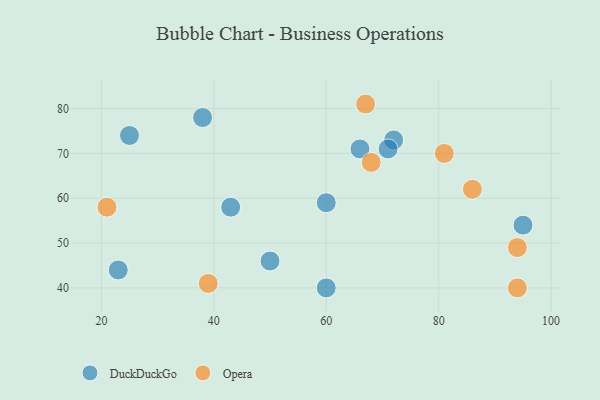
{"axis": {"x": "GDP", "y": "Life Expectancy"}, "legend": ["DuckDuckGo", "Opera"], "data": [{"x": "95", "y": 54, "type": "DuckDuckGo"}, {"x": "38", "y": 78, "type": "DuckDuckGo"}, {"x": "72", "y": 73, "type": "DuckDuckGo"}, {"x": "43", "y": 58, "type": "DuckDuckGo"}, {"x": "66", "y": 71, "type": "DuckDuckGo"}, {"x": "25", "y": 74, "type": "DuckDuckGo"}, {"x": "71", "y": 71, "type": "DuckDuckGo"}, {"x": "60", "y": 59, "type": "DuckDuckGo"}, {"x": "50", "y": 46, "type": "DuckDuckGo"}, {"x": "60", "y": 40, "type": "DuckDuckGo"}, {"x": "23", "y": 44, "type": "DuckDuckGo"}, {"x": "94", "y": 49, "type": "Opera"}, {"x": "94", "y": 40, "type": "Opera"}, {"x": "39", "y": 41, "type": "Opera"}, {"x": "81", "y": 70, "type": "Opera"}, {"x": "68", "y": 68, "type": "Opera"}, {"x": "86", "y": 62, "type": "Opera"}, {"x": "21", "y": 58, "type": "Opera"}, {"x": "67", "y": 81, "type": "Opera"}]}